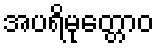
အပရိမုတ္တောဝ